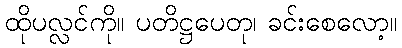
ထိုပလ္လင်ကို။ ပတိဋ္ဌပေတု၊ ခင်းစေလော့။